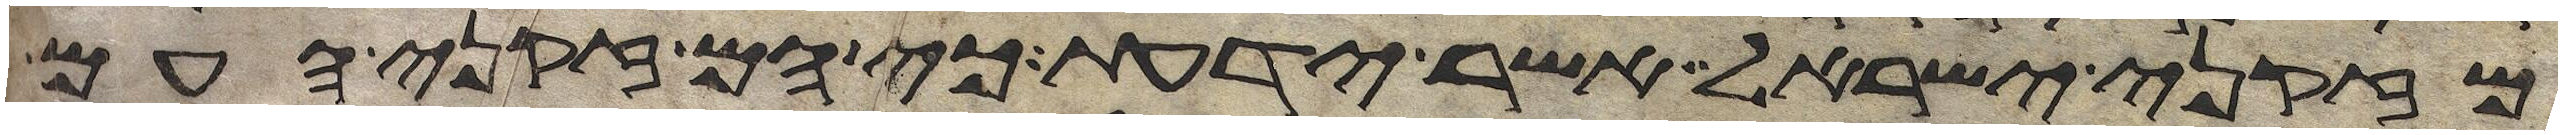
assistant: מזקני ישראל אשר ידעת כי הם זקני העם